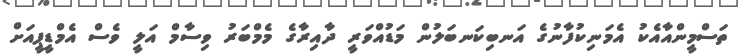
ތަސްމީންއާއެކު އެމަނިކުފާނުގެ އަނބިކަނބަލުން މަޑުއްވަރީ ދާއިރާގެ މެމްބަރު ވިސާމް އަލީ ވެސް އެމްޑީޕީއަށް